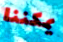
يمكننا